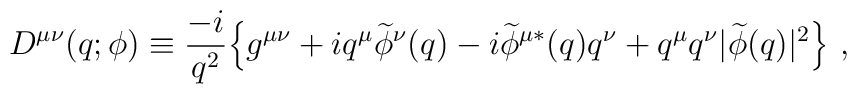
D^{\mu\nu}(q; \phi) \equiv  {-i\over      q^{2}}\Bigl\{g^{\mu\nu}+iq^{\mu}        \widetilde\phi^{\nu}(q)        - i{\widetilde\phi^{\mu*}} (q)q^{\nu}        + q^{\mu}q^{\nu}\vert\widetilde\phi(q)\vert^{2}\Bigr\} \ ,